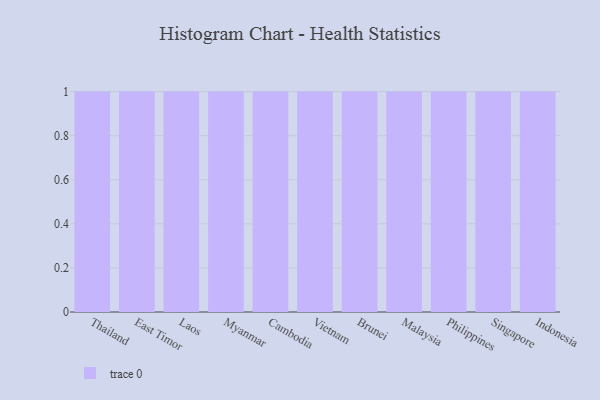
{"axis": {"x": "Country", "y": "Energy Usage (MWh)"}, "legend": [""], "data": [{"x": "Thailand", "y": 19, "type": ""}, {"x": "East Timor", "y": 100, "type": ""}, {"x": "Laos", "y": 42, "type": ""}, {"x": "Myanmar", "y": 95, "type": ""}, {"x": "Cambodia", "y": 28, "type": ""}, {"x": "Vietnam", "y": 81, "type": ""}, {"x": "Brunei", "y": 64, "type": ""}, {"x": "Malaysia", "y": 14, "type": ""}, {"x": "Philippines", "y": 15, "type": ""}, {"x": "Singapore", "y": 83, "type": ""}, {"x": "Indonesia", "y": 99, "type": ""}]}